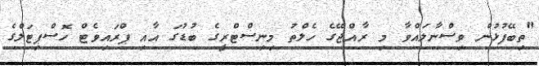
"ތިބޭފުޅުން ވިސްނާލައްވާ މި ރާއްޖޭގެ ހެލްތު މިނިސްޓްރީގެ ބުޑުގަ އާއި ޕްރައިވެޓް ހޮސްޕިޓަލްގެ